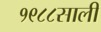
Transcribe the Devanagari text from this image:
१९८८साली